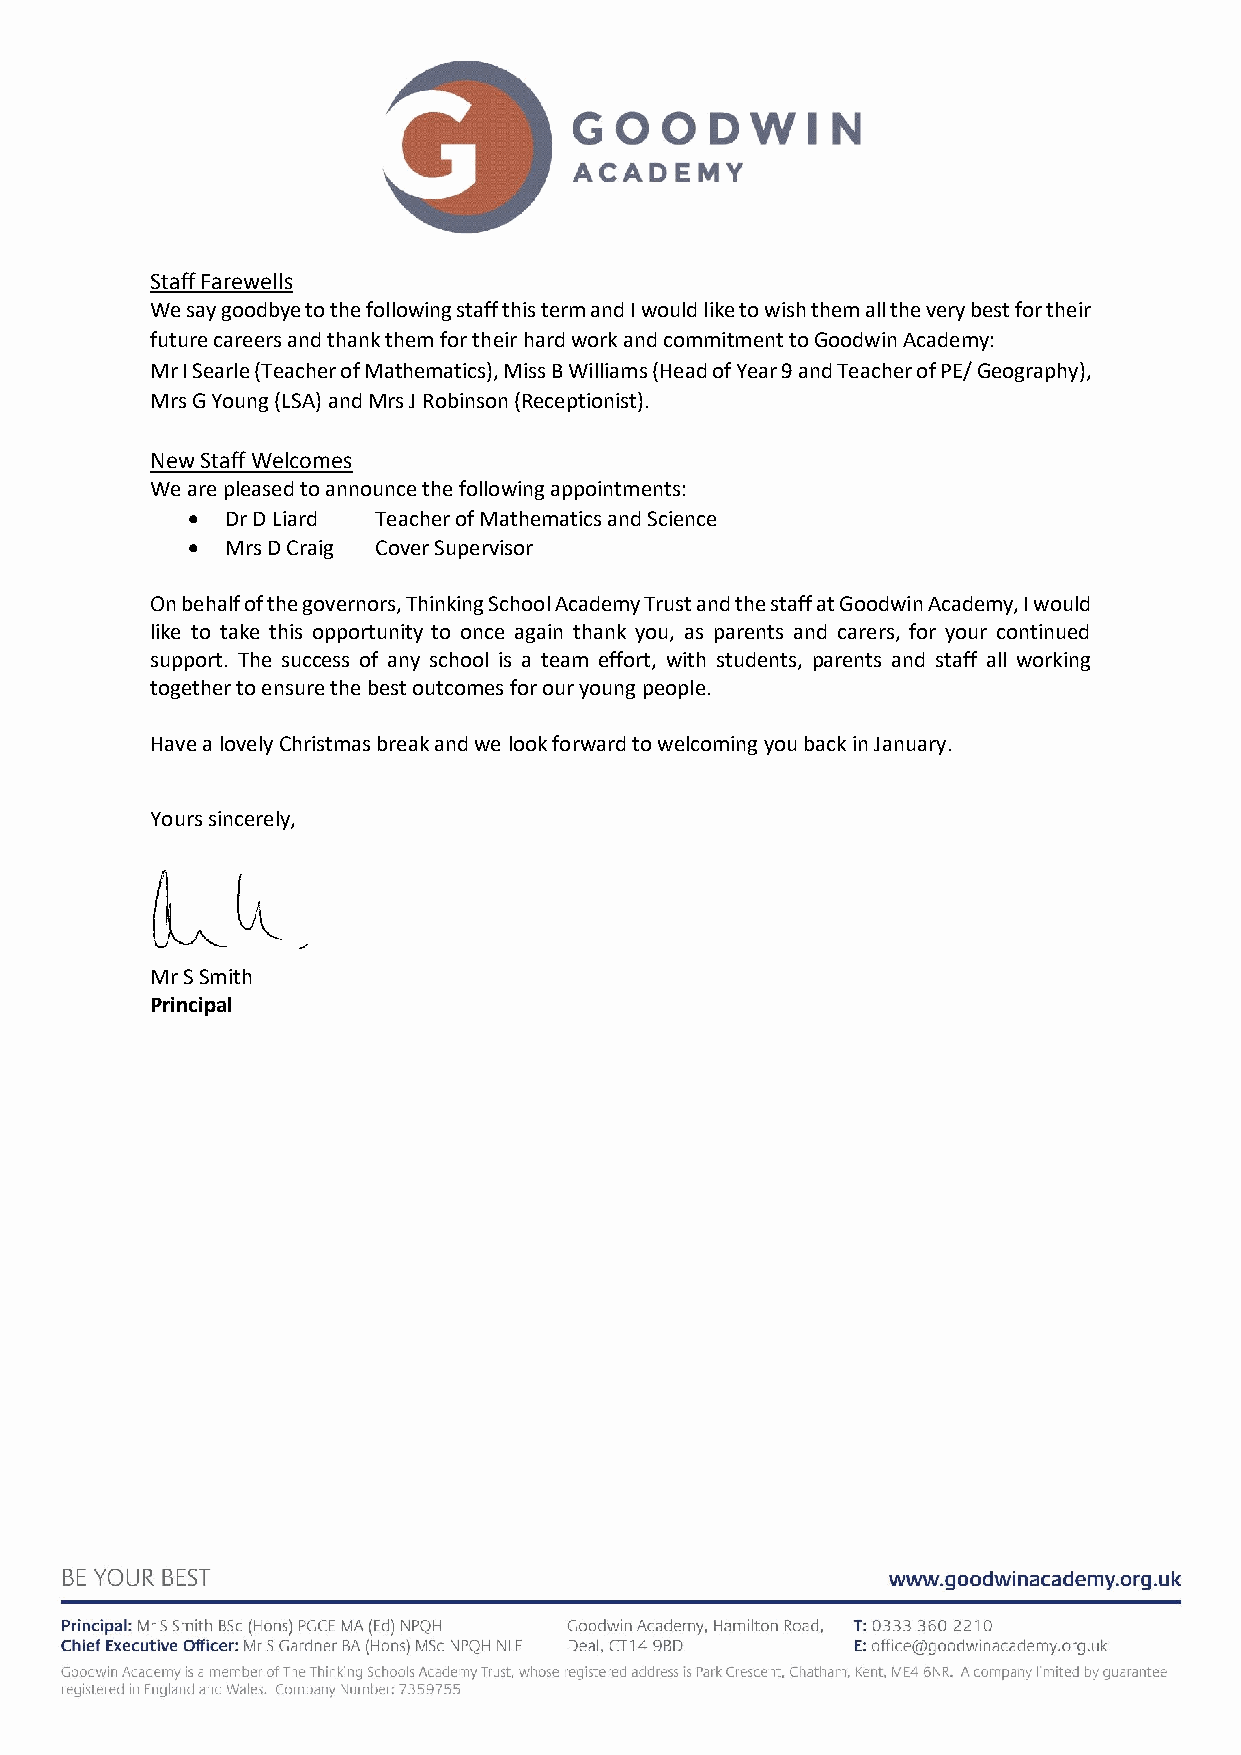
Staff Farewells
 We say goodbye to the following staff this term and I would like to wish them all the very best for their
 future careers and thank them for their hard work and commitment to Goodwin Academy:
 Mr I Searle (Teacher of Mathematics), Miss B Williams (Head of Year 9 and Teacher of PE/ Geography),
 Mrs G Young (LSA) and Mrs J Robinson (Receptionist).
 New Staff Welcomes
 We are pleased to announce the following appointments:
 •  Dr D Liard Teacher of Mathematics and Science
 •  Mrs D Craig Cover Supervisor
 On behalf of the governors, Thinking School Academy Trust and the staff at Goodwin Academy, I would
 like to take this opportunity to once again thank you, as parents and carers, for your continued
 support. The success of any school is a team effort, with students, parents and staff all working
 together to ensure the best outcomes for our young people.
 Have a lovely Christmas break and we look forward to welcoming you back in January.
 Yours sincerely,
 Mr S Smith
 Principal